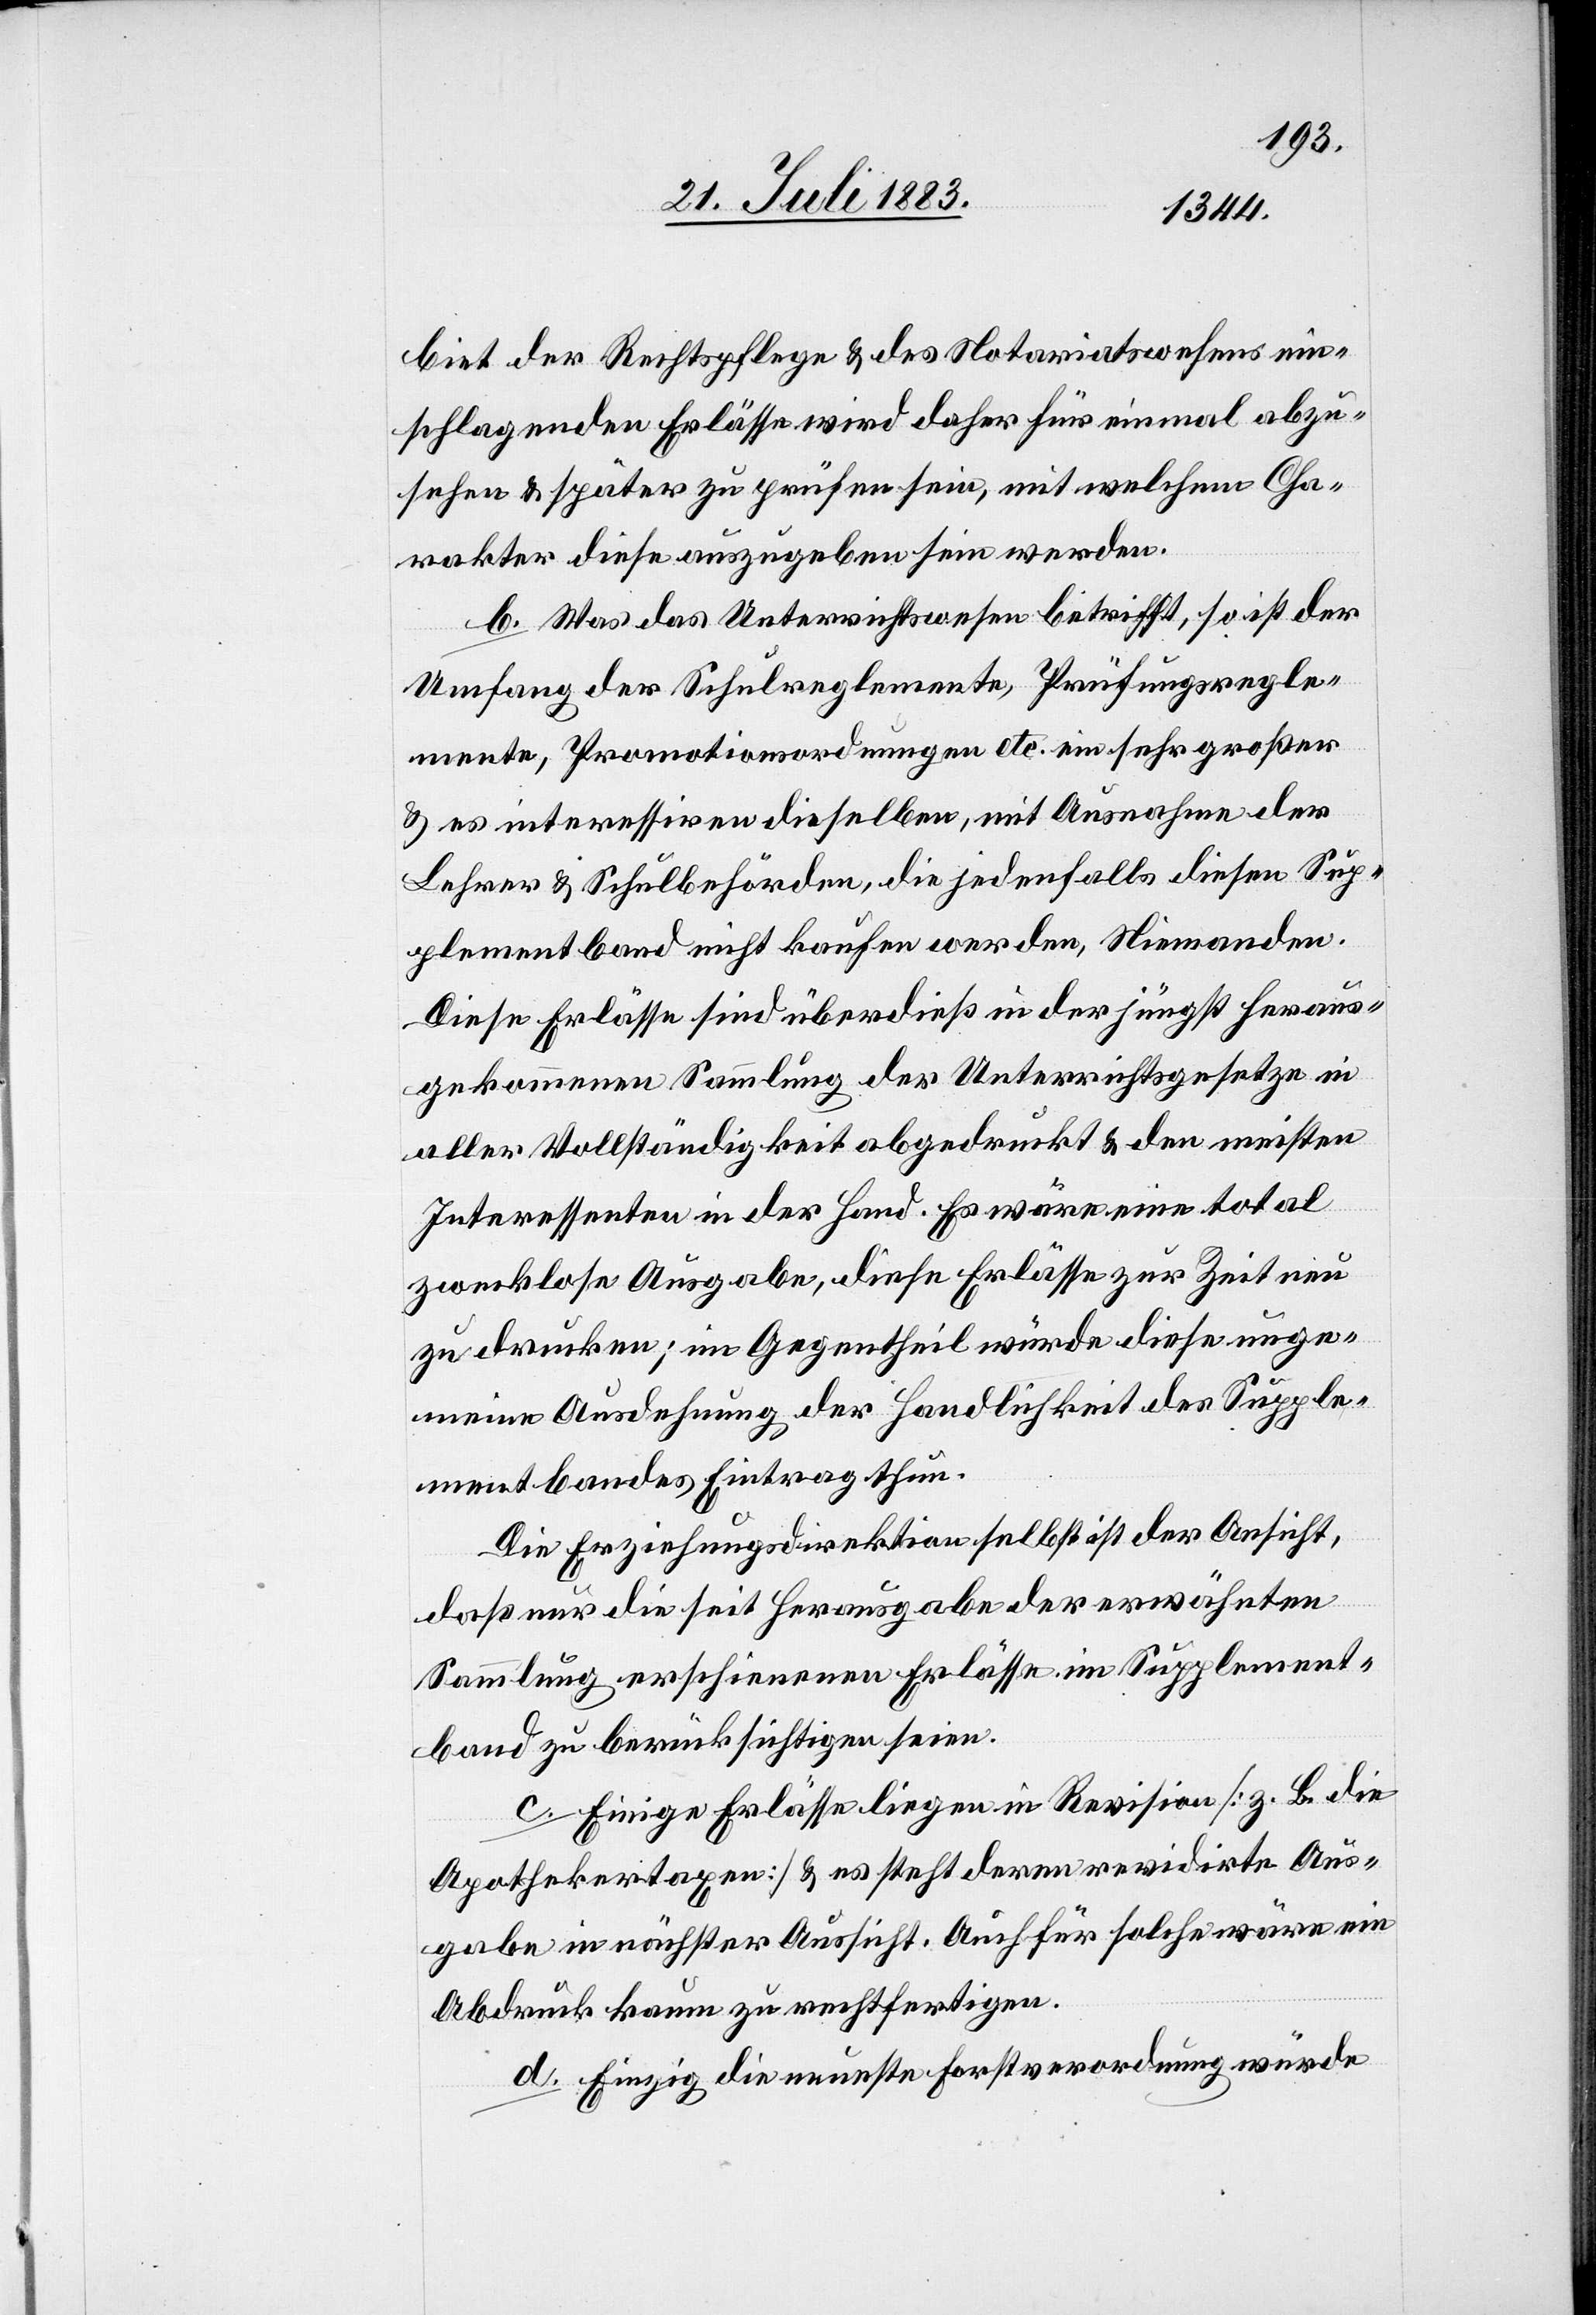
biet der Rechtspflege & des Notariatswesens ein¬
schlagenden Erlässe wird daher für einmal abzu¬
sehen & später zu prüfen sein, mit welchem Cha¬
rakter diese auszugeben sein werden.
b. Was das Unterrichtswesen betrifft, so ist der
Umfang der Schulreglemente, Prüfungsregle¬
mente, Promotionsordnungen etc. ein sehr großer
& es interessiren dieselben, mit Ausnahme der
Lehrer & Schulbehörden, die jedenfalls diesen Sup¬
plementband nicht kaufen werden, Niemanden.
Diese Erlässe sind überdieß in der jüngst heraus¬
gegeben Sammlung der Unterrichtsgesetze in
aller Vollständigkeit abgedruckt & den meisten
Interessenten in der Hand. Es wäre eine total
zwecklose Ausgabe, diese Erlässe zur Zeit neu
zu drucken; im Gegentheil würde diese unge¬
meine Ausdehnung der Handlichkeit des Supple¬
mentbandes Eintrag thun.
Die Erziehungsdirektion selbst ist der Ansicht,
daß nur die seit Herausgabe der erwähnten
Sammlung erschienenen Erlässe im Supplement¬
band zu berücksichtigen seien.
c. Einige Erlässe liegen in Revision [z. B. die
Apothekertaxen] & es steht deren revidirte Aus¬
gabe in nächster Aussicht. Auch für solche wäre ein
Abdruck kaum zu rechtfertigen.
d. Einzig die neueste Forstverordnung würde